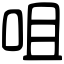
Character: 咀